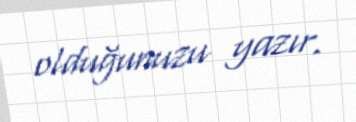
olduğunuzu yazır.